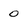
Character: 0